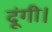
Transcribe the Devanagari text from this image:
दूंगी।